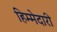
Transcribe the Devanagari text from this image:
हिम्मेदारी